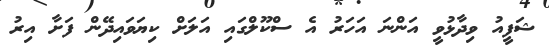
ޝަފީއު ވިދާޅުވީ އަންނަ އަހަރު އެ ސްކޫލްގައި އަލަށް ކިޔަވައިދޭން ފަށާ އިރު